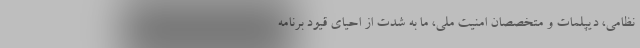
نظامی، دیپلمات و متخصصان امنیت ملی، ما به شدت از احیای قیود برنامه